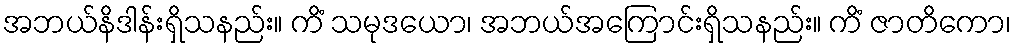
အဘယ်နိဒါန်းရှိသနည်း။ ကိံ သမုဒယော၊ အဘယ်အကြောင်းရှိသနည်း။ ကိံ ဇာတိကော၊